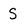
Character: S